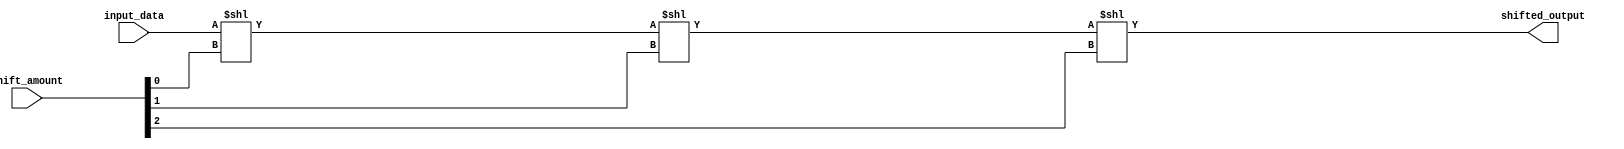
module Barrel_Shifter(
    input wire [7:0] input_data,
    input wire [2:0] shift_amount,
    output reg [7:0] shifted_output
);

// define the binary tree structure
// each node represents an arithmetic block
// that shifts the input data by a certain amount of bits

reg [7:0] node_0_output;
reg [7:0] node_1_output;
reg [7:0] node_2_output;
reg [7:0] node_3_output;

always @(*)
begin
    // node 0
    node_0_output = input_data << shift_amount[0];
    
    // node 1
    node_1_output = node_0_output << shift_amount[1];
    
    // node 2
    node_2_output = node_1_output << shift_amount[2];
    
    // node 3
    node_3_output = node_2_output; // final output
    
    shifted_output = node_3_output;
end

endmodule